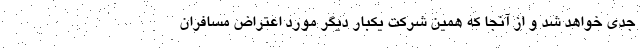
جدی خواهد شد و از آنجا که همین شرکت یکبار دیگر مورد اعتراض مسافران